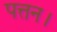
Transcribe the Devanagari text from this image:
पत्तन।